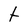
Character: t